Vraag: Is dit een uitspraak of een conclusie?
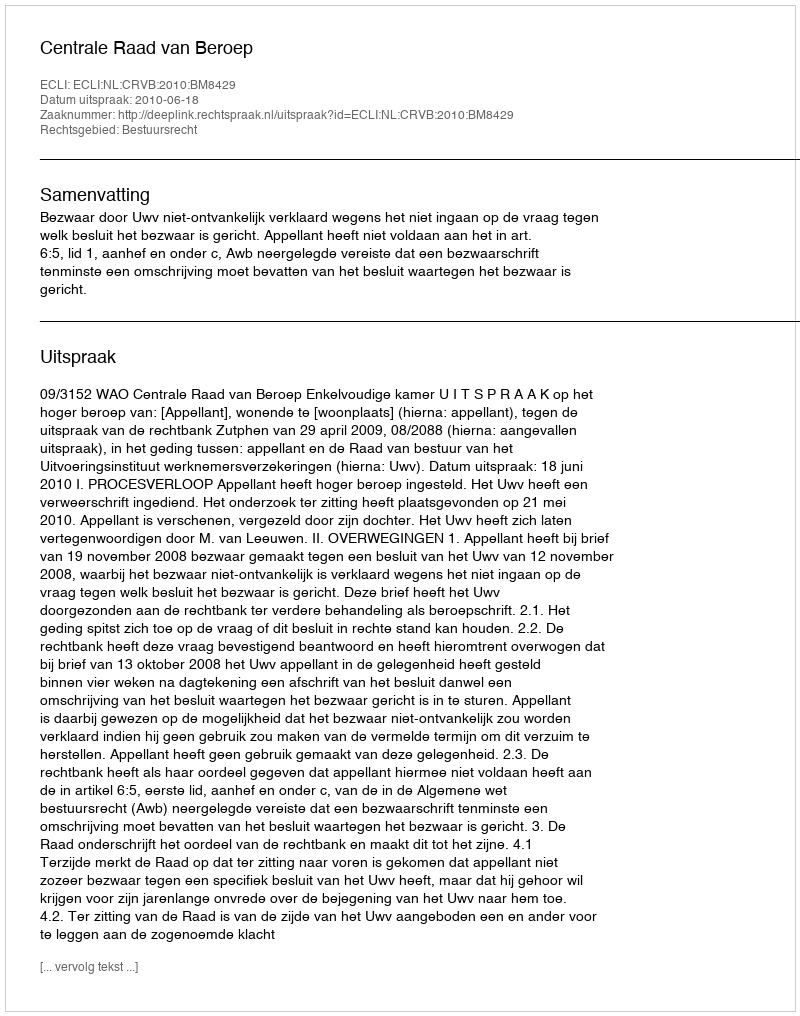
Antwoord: Uitspraak